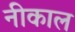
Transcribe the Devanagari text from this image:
नीकाल